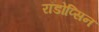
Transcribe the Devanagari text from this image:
रॉडोप्सिन